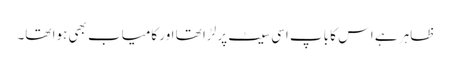
ظاہر ہے اس کا باپ اسی سیٹ پر لڑا تھا اور کامیاب بھی ہوا تھا۔